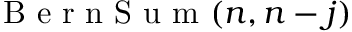
\mathrm { ~ B ~ e ~ r ~ n ~ S ~ u ~ m ~ } ( n , n - j )